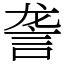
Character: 詟